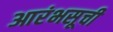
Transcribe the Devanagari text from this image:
आरंभसूची